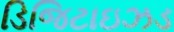
ડિજિટાઇઝડ